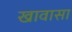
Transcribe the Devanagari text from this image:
खावासा